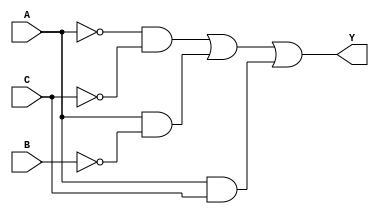
// Ecuacin a implementar: Y = (A' * C') + (A * B') + (A * C);

module gateLevel1(input wire A, B, C, output wire Y);

  wire notA, notC, notB, w1, w2, w3;

  not (notA, A);
  not (notB, B);
  not (notC, C);
  and (w1, notA, notC);
  and  (w2, A, notB);
  and (w3, A, C);
  or  (Y, w1, w2, w3);

endmodule

// Ecuacin a implementar: Y = (B');

module gateLevel2(input wire A, B, C, output wire Y);

  not (Y, B);

endmodule

// Ecuacin a implementar: SOP ejercicio 1, tabla 3;

module gateLevel3(input wire A, B, C, D, output wire Y);

  wire notA, notC, notB, w1, w2, w3;

  not (notA, A);
  not (notB, B);
  not (notC, C);
  not (notD, D);
  and (w1, notA, notB, notC, notD);
  and  (w2, notA, notB, C, D);
  and (w3, notA, B, notC, D);
  and (w4, notA, B, C, notD);
  and (w5, A, notB, notC, D);
  and (w6, A, notB, C, notD);
  and (w7, A, B, notC, notD);
  and (w8, A, B, C, D);
  or  (Y, w1, w2, w3, w4, w5, w6, w7, w8);

endmodule

// Ecuacin a implementar: Y = (A * D') + (B * D) + (A * C);

module gateLevel4(input wire A, B, C, D, output wire Y);

  wire notD, w1, w2, w3;

  not (notD, D);
  and (w1, A, notD);
  and  (w2, B, D);
  and (w3, A, C);
  or  (Y, w1, w2, w3);

endmodule

// Ecuacin a implementar: Y = (B' * C' * D') + (A * C') + (A * D') + (A * B');

module operadores1(input wire A, B, C, D, output wire Y);

  assign Y = (~B & ~C & ~D) | (A & ~C) | (A & ~D) | (A & ~B);

endmodule

// Ecuacin a implementar: Y = (B' + C);

module operadores2(input wire A, B, C, output wire Y);

  assign Y = (~B  | C);

endmodule

// Ecuacin a implementar: Y = B + (C' * D) + (A * D);

module operadores3(input wire A, B, C, D, output wire Y);

  assign Y = B | (~C & D) | (A & D);

endmodule

// Ecuacin a implementar: Y = B + (A' * C');

module operadores4(input wire A, B, C, output wire Y);

  assign Y = B | (~A & ~C);

endmodule